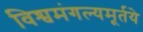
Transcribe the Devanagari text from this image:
विश्वमंगल्यमूर्तये